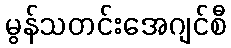
မွန်သတင်းအေဂျင်စီ